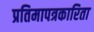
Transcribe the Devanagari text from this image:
प्रतिमापत्रकारिता